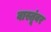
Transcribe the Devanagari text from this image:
वास्तूंवर